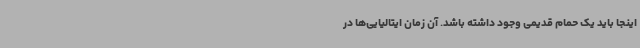
اینجا باید یک حمام قدیمی وجود داشته باشد. آن زمان ایتالیایی‌ها در